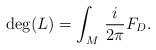
LaTeX: \begin{align*} \deg(L)=\int_M\,\frac i{2\pi}F_D.\end{align*}